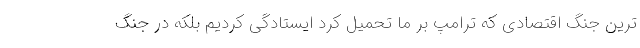
ترین جنگ اقتصادی که ترامپ بر ما تحمیل کرد ایستادگی کردیم بلکه در جنگ